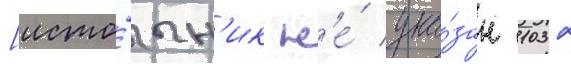
[исто́чн'ик н'е́ ука́зан 1032